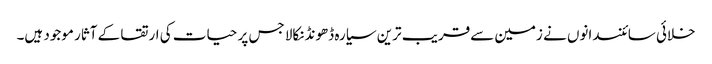
خلائی سائنسدانوں نے زمین سےقریب ترین سیارہ ڈھونڈنکالا جس پر حیات کی ارتقا کے آثار موجود ہیں۔